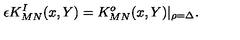
\epsilon K _ { M N } ^ { I } ( x , Y ) = K _ { M N } ^ { o } ( x , Y ) \vert _ { \rho = \Delta } .